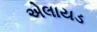
એલાયડ